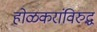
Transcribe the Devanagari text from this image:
होळकरांविरुद्ध